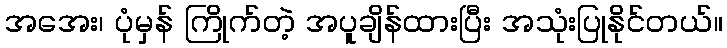
အအေး၊ ပုံမှန် ကြိုက်တဲ့ အပူချိန်ထားပြီး အသုံးပြုနိုင်တယ်။